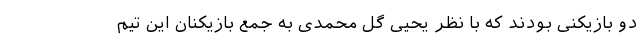
دو بازیکنی بودند که با نظر یحیی گل محمدی به جمع بازیکنان این تیم